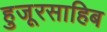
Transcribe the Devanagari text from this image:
हुजूरसाहिब